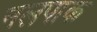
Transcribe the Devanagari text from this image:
नलपाक